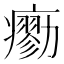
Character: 𤺼